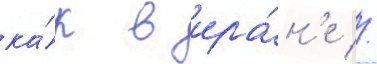
ка́к в ира́н'е //